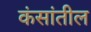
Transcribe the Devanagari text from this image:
कंसांतील